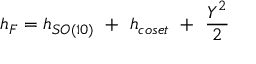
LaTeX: h _ { F } = h _ { S O ( 1 0 ) } \ + \ h _ { c o s e t } \ + \ { \frac { Y ^ { 2 } } { 2 } }